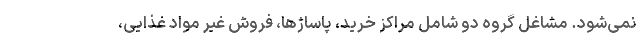
نمی‌شود. مشاغل گروه دو شامل مراکز خرید، پاساژها، فروش غیر مواد غذایی،